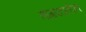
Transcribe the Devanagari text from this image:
ताम्रपटातील